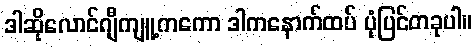
ဒါဆိုလောင်ဂျီကျူ့ကကော ဒါကနောက်ထပ် ပုံပြင်တခုပါ။